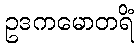
ဥဒကမောတရိံ